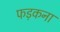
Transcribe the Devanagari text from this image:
फड़कना